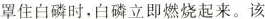
罩住白磷时，白磷立即燃烧起来。该